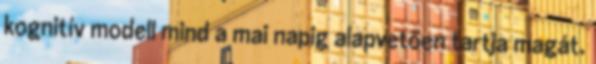
kognitív modell mind a mai napig alapvetően tartja magát.